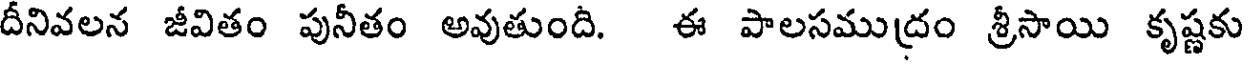
దీనివలన జీవితం పునీతం అవుతుంది. ఈ పాలసముద్రం శ్రీసాయి కృష్ణకు